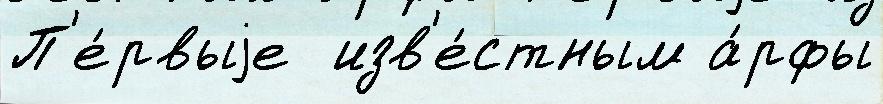
П'е́рвыjе  изв'е́стным а́рфы